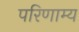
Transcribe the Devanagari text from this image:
परिणाम्य